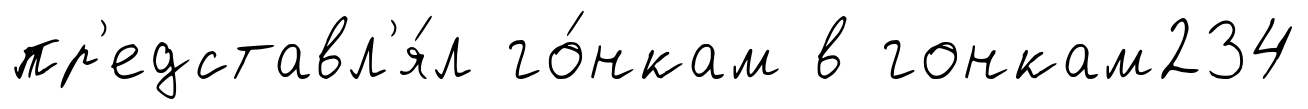
пр'едставл'я́л го́нкам в гонкам234